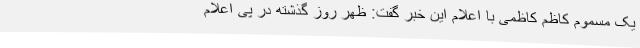
یک مسموم کاظم کاظمی با اعلام این خبر گفت: ظهر روز گذشته در پی اعلام